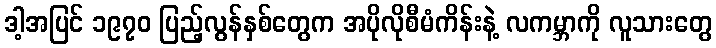
ဒါ့အပြင် ၁၉၇၀ ပြည့်လွန်နှစ်တွေက အပိုလိုစီမံကိန်းနဲ့ လကမ္ဘာကို လူသားတွေ